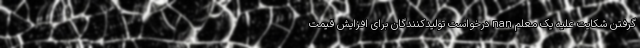
گرفتن شکایت علیه یک معلم nan درخواست تولیدکنندگان برای افزایش قیمت